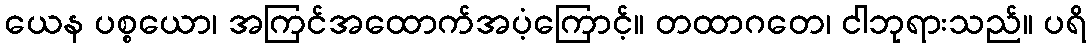
ယေန ပစ္စယော၊ အကြင်အထောက်အပံ့ကြောင့်။ တထာဂတေ၊ ငါဘုရားသည်။ ပရိ